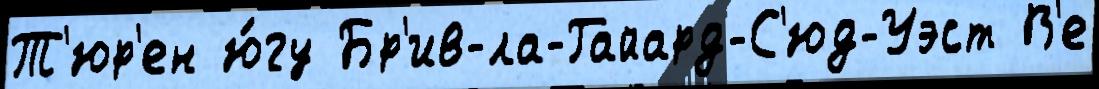
Т'юр'ен ю́гу Бр'ив-ла-Гайард-С'юд-Уэст В'е